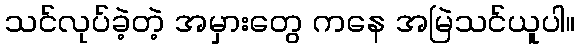
သင်လုပ်ခဲ့တဲ့ အမှားတွေ ကနေ အမြဲသင်ယူပါ။